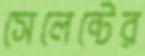
সেলেন্টের